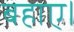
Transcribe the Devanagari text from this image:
बहाए।